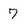
Character: 7